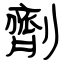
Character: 劑